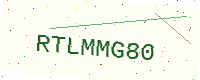
Text: RTLMMG80